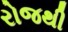
રોજથી